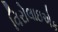
વિરોલાઇએક